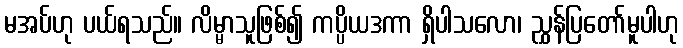
မအပ်ဟု ပယ်ရသည်။ လိမ္မာသူဖြစ်၍ ကပ္ပိယဒကာ ရှိပါသလော၊ ညွှန်ပြတော်မူပါဟု